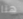
هنا